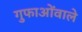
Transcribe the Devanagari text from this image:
गुफाओंवाले